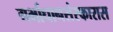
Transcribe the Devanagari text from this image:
गर्भाधानसंस्कारास